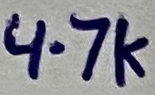
Text: 4.7K